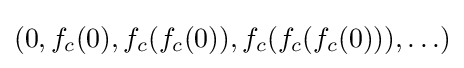
(0,f_{c}(0),f_{c}(f_{c}(0)),f_{c}(f_{c}(f_{c}(0))),\ldots )